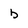
Character: b